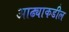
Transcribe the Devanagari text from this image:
आढ्याकडील